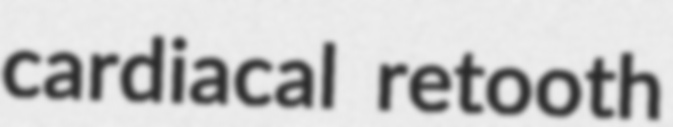
cardiacal retooth